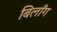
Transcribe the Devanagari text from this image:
बिलाँग